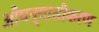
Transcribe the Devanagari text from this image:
औपन्यासीकरण